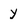
Character: y